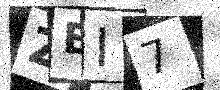
Text: ZEI7